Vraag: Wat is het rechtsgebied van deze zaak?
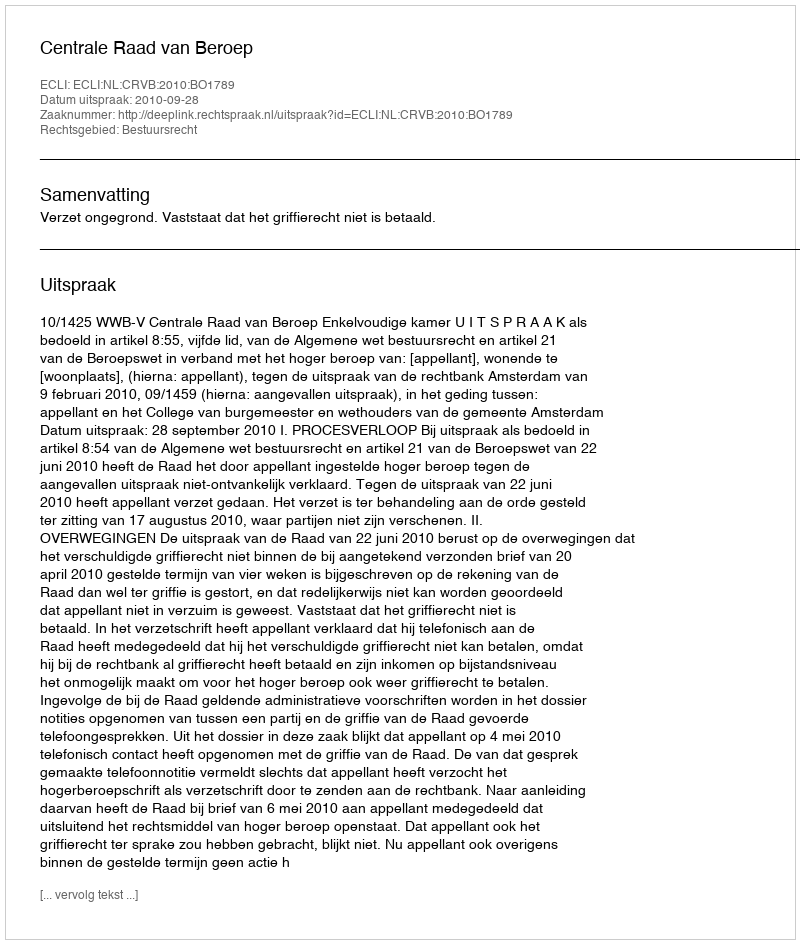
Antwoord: Bestuursrecht